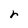
Character: r